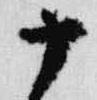
十